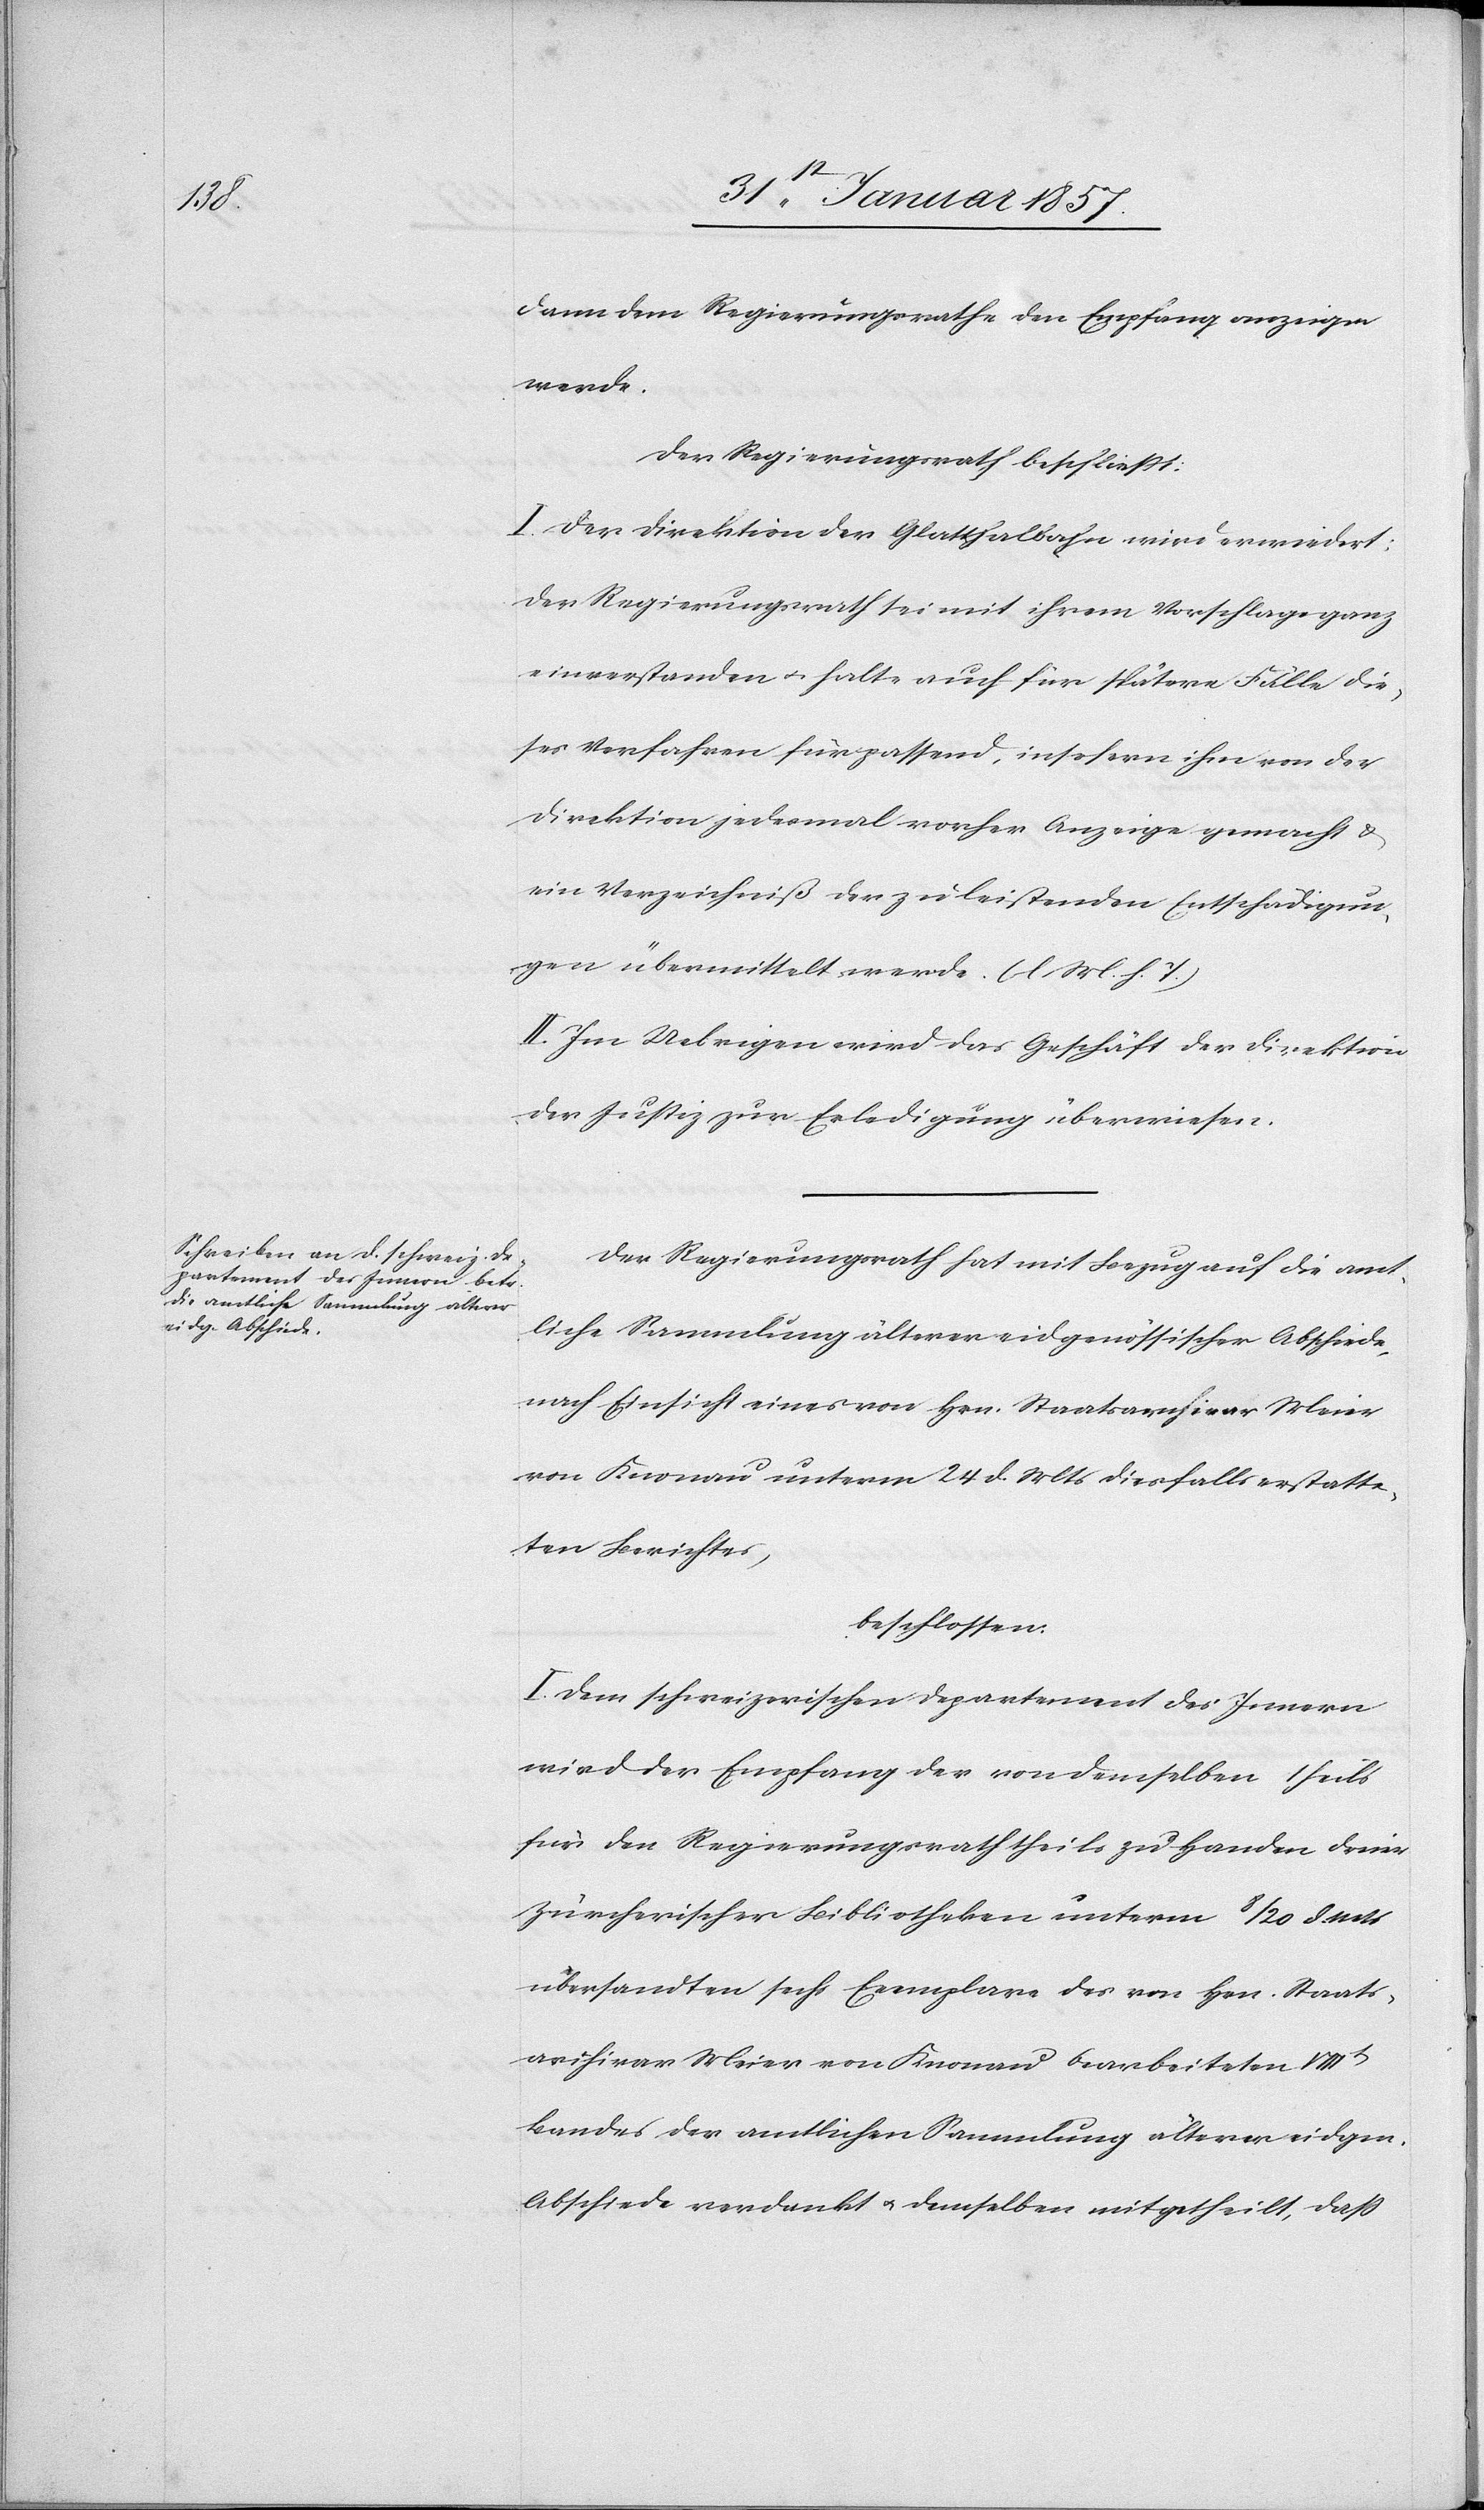
dann dem Regierungsrathe den Empfang anzeigen
werde.
Der Regierungsrath beschließt:
I. Der Direktion der Glatthalbahn wird erwiedert:
Der Regierungsrath sei mit ihrem Vorschlag ganz
einverstanden u. halte auch für spätere Fälle die¬
ses Verfahren für passend, insofern ihm von der
Direktion jedesmal vorher Anzeige gemacht &
ein Verzeichniß der zu leistenden Entschädigun¬
gen übermittelt werde. (l. M. h. T.)
II. Im Uebrigen wird das Geschäft der Direktion
der Justiz zur Erledigung überwiesen.
Der Regierungsrath hat mit Bezug auf die amt¬
liche Sammlung älterer eidgenössischer Abschiede,
nach Einsicht eines von Hrn. Staatsarchivar Meier
von Knonau unterm 24 d. Mts diesfalls erstatte¬
ten Berichtes,
beschlossen:
I. Dem schweizerischen Departement des Innern
wird der Empfang der von demselben theils
für den Regierungsrath theils zu Handen dreier
Zürcherischen Bibliotheken unterm 8/20 d.
übersandten sechs Exemplare des von Hrn. Staats¬
archivar Meier von Knonau bearbeiteten
Bandes der amtlichen Sammlung älterer eidgen.
Abschiede verdankt u. demselben mitgetheilt, daß